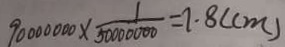
9 0 0 0 0 0 0 0 \times \frac { 1 } { 5 0 0 0 0 0 0 0 } = 7 . 8 ( c m )